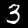
Digit: 3